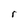
Character: r